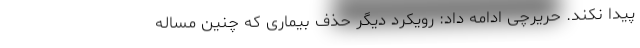
پیدا نکند. حریرچی ادامه داد: رویکرد دیگر حذف بیماری که چنین مساله